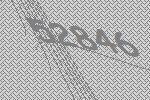
52846